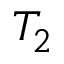
T _ { 2 }